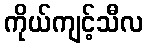
ကိုယ်ကျင့်သီလ